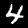
Label: 4